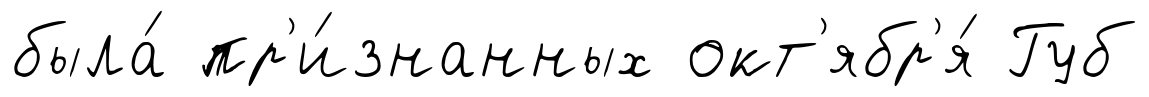
была́ пр'и́знанных окт'ябр'я́ Губ